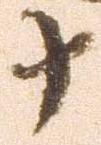
十